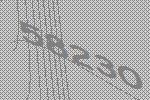
58230